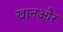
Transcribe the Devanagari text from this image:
खानऔर